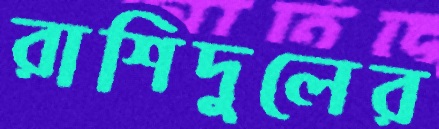
রাশিদুলের